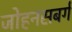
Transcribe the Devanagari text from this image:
जोहनसबर्ग